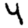
Digit: 4